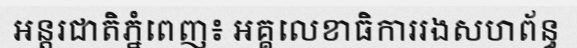
អន្តរជាតិភ្នំពេញ៖ អគ្គលេខាធិការរងសហព័ន្ធ